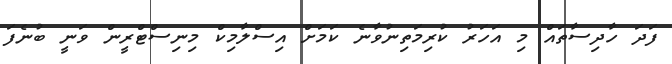
ފަދަ ހާދިސާތައް މި އަހަރު ކުރިމަތިނުވާނެ ކަމަށް އިސްލާމިކް މިނިސްޓްރީން ވަނީ ބުނެފަ